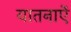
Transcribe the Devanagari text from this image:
यातनाऐं